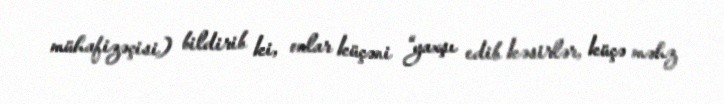
mühafizəçisi) bildirib ki, onlar küçəni “yaxşı edib kəsirlər, küçə məhz